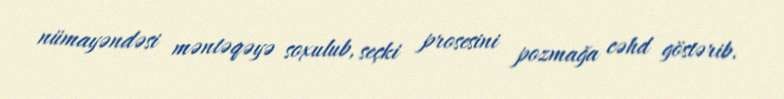
nümayəndəsi məntəqəyə soxulub, seçki prosesini pozmağa cəhd göstərib.